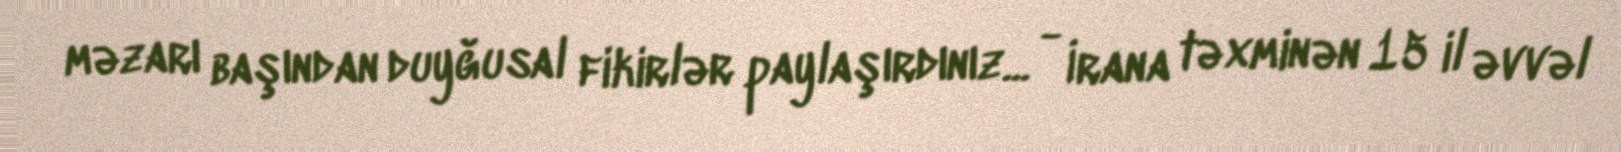
məzarı başından duyğusal fikirlər paylaşırdınız... - İrana təxminən 15 il əvvəl